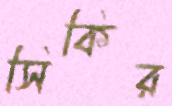
সিকির